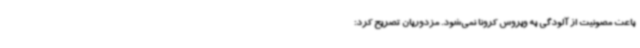
باعث مصونیت از آلودگی به ویروس کرونا نمی‌شود. مزدوریان تصریح کرد: